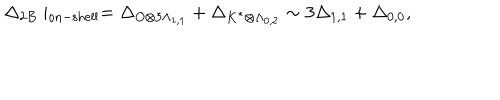
\Delta _ { 2 B } \mid _ { \mathrm { o n - s h e l l } } = \Delta _ { O \otimes 3 \Lambda _ { 1 , 1 } } + \Delta _ { K ^ { \ast } \otimes \Lambda _ { 0 , 2 } } \sim 3 \Delta _ { 1 , 1 } + \Delta _ { 0 , 0 } ,